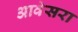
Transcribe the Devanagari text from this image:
आवेसरा